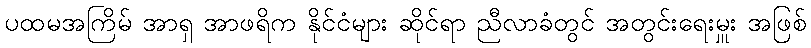
ပထမအကြိမ် အာရှ အာဖရိက နိုင်ငံများ ဆိုင်ရာ ညီလာခံတွင် အတွင်းရေးမှူး အဖြစ်